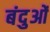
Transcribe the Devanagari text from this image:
बंदुओं